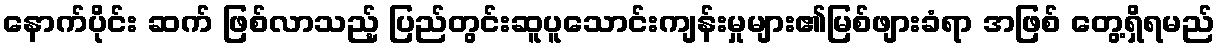
နောက်ပိုင်း ဆက် ဖြစ်လာသည့် ပြည်တွင်းဆူပူသောင်းကျန်းမှုများ၏မြစ်ဖျားခံရာ အဖြစ် တွေ့ရှိရမည်